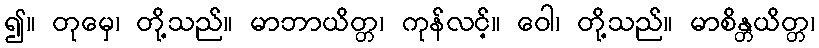
၍။ တုမှေ၊ တို့သည်။ မာဘာယိတ္တ၊ ကုန်လင့်။ ဝေါ၊ တို့သည်။ မာစိန္တယိတ္တ၊